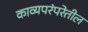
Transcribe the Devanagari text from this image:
काव्यपरंपरेतील